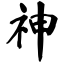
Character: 神